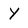
Character: Y